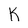
Character: K